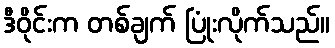
ဒီဝိုင်းက တစ်ချက် ပြုံးလိုက်သည်။